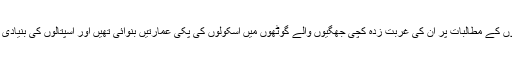
انھوں نے اپنے کارکنوں کے مطالبات پر ان کی غربت زدہ کچی جھگیوں والے گوٹھوں میں اسکولوں کی پکی عمارتیں بنوائی تھیں اور اسپتالوں کی بنیادی سہولتیں عطا کی تھیں۔